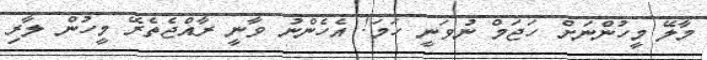
މާލޭ މީހުންނަށް ހަޖަމް ނުވަނީ ހަމަ! އެހެންނު ވާނީ ރާއްޖެތެރޭ މީހުން ލާރި